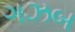
ગઝબ